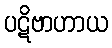
ပဋိဗာဟာယ